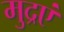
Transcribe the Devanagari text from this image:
मुद्रएं